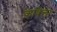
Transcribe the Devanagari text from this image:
कावेला